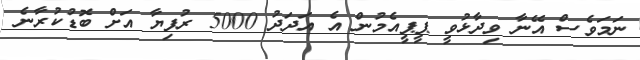
ނަމަވެސް އޭނާ ވިދާޅުވީ ޕީޕީއެމުން އެ އަދަދު 5000 ރުފިޔާ އަށް ބޮޑުކުރާނެ